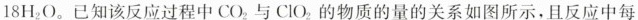
1 8 H _ { 2 } O$$。已知该反应过程中CO_{2}与ClO_{2}的物质的量的关系如图所示，且反应中每